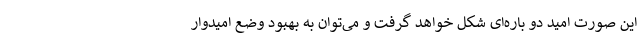
این صورت امید دو باره‌ای شکل خواهد گرفت و می‌توان به بهبود وضع امیدوار